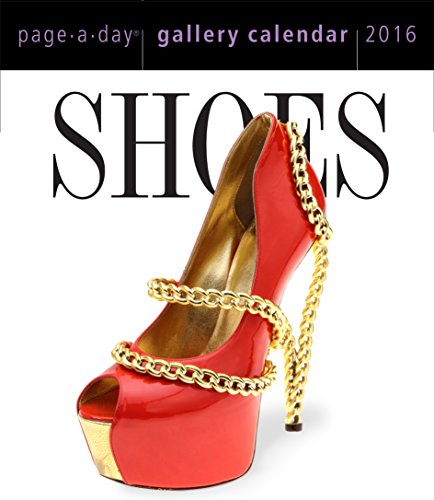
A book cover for Shoes Page-A-Day Gallery Calendar 2016; Workman Publishing; Calendars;